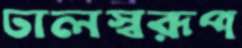
ঢালস্বরূপ